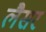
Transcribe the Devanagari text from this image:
लैसर